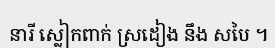
នារី ស្លៀកពាក់ ស្រដៀង នឹង សបៃ ។